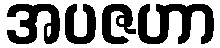
အပဇဟာ